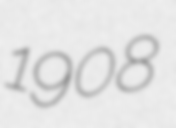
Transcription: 1908